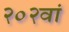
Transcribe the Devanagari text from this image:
२०२वां